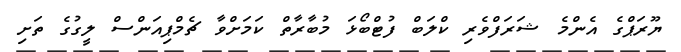
ޔޫރަޕްގެ އެންމެ ޝަރަފްވެރި ކްލަބް ފުޓްބޯޅަ މުބާރާތް ކަމަށްވާ ޗެމްޕިއަންސް ލީގުގެ ތަށި